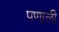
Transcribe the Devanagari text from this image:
पणाली